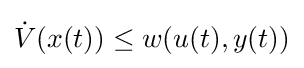
{\dot {V}}(x(t))\leq w(u(t),y(t))